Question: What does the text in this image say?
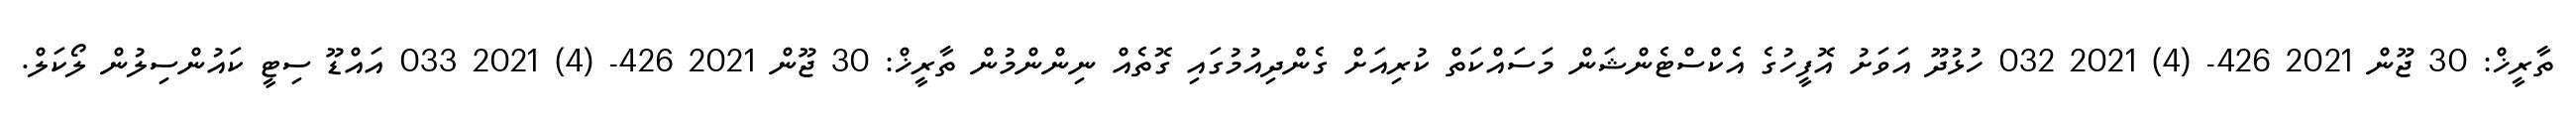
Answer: ތާރީޚް: 30 ޖޫން 2021 426- (4) 2021 032 ހުޅުދޫ އަވަށު އޮފީހުގެ އެކްސްޓެންޝަން މަސައްކަތް ކުރިއަށް ގެންދިއުމުގައި ގޮތެއް ނިންންމުން ތާރީޚް: 30 ޖޫން 2021 426- (4) 2021 033 އައްޑޫ ސިޓީ ކައުންސިލުން ލޯކަލް.